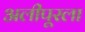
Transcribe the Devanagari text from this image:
अलीपूरला